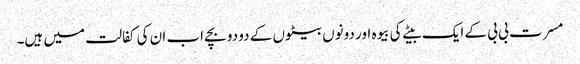
مسرت بی بی کے ایک بیٹے کی بیوہ اور دونوں بیٹوں کے دو دو بچے اب ان کی کفالت میں ہیں۔